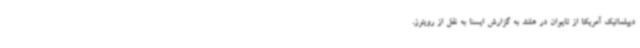
دیپلماتیک آمریکا از تایوان در هلند به گزارش ایسنا به نقل از رویترز،